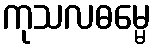
ကုသလဓမ္မေ